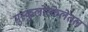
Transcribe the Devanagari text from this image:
मुस्कुलोस्केलेतल